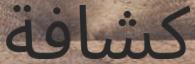
كشافة